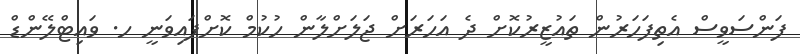
ފަންސަވީސް އެތިފަހަރުން ތައުޒީރުކޮށް ދެ އަހަރަށް ޖަލަށްލާން ހުކުމް ކޮށްފައިވަނީ ހ. ވައިޓްލޭންޑް